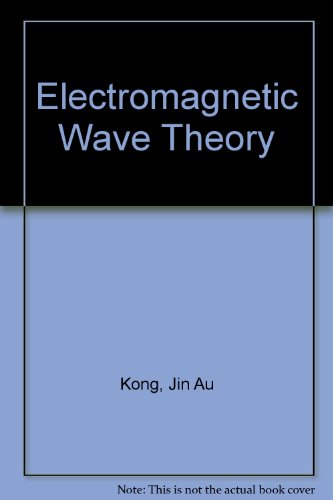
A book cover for Electromagnetic Wave Theory; Jin Au Kong; Science & Math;